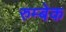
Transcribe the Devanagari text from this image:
रुम्बेक